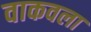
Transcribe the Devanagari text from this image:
वाकवला